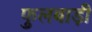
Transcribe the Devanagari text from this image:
फुलबाड़ी